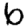
Digit: 6